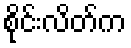
စိုင်းလိတ်က